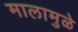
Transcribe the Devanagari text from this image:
मालामुळे